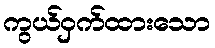
ကွယ်ဝှက်ထားသော